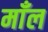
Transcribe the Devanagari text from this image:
माँल